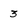
Character: 3